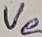
Text: Ve